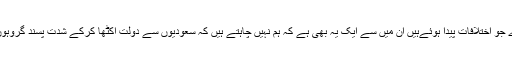
قطر کے ساتھ ہمارے جو اختلافات پیدا ہوئےہیں ان میں سے ایک یہ بهى ہے کہ ہم نہیں چاہتے ہیں کہ سعودیوں سے دولت اکٹھا کرکے شدت پسند گروہوں تک پہونچایا جائے۔